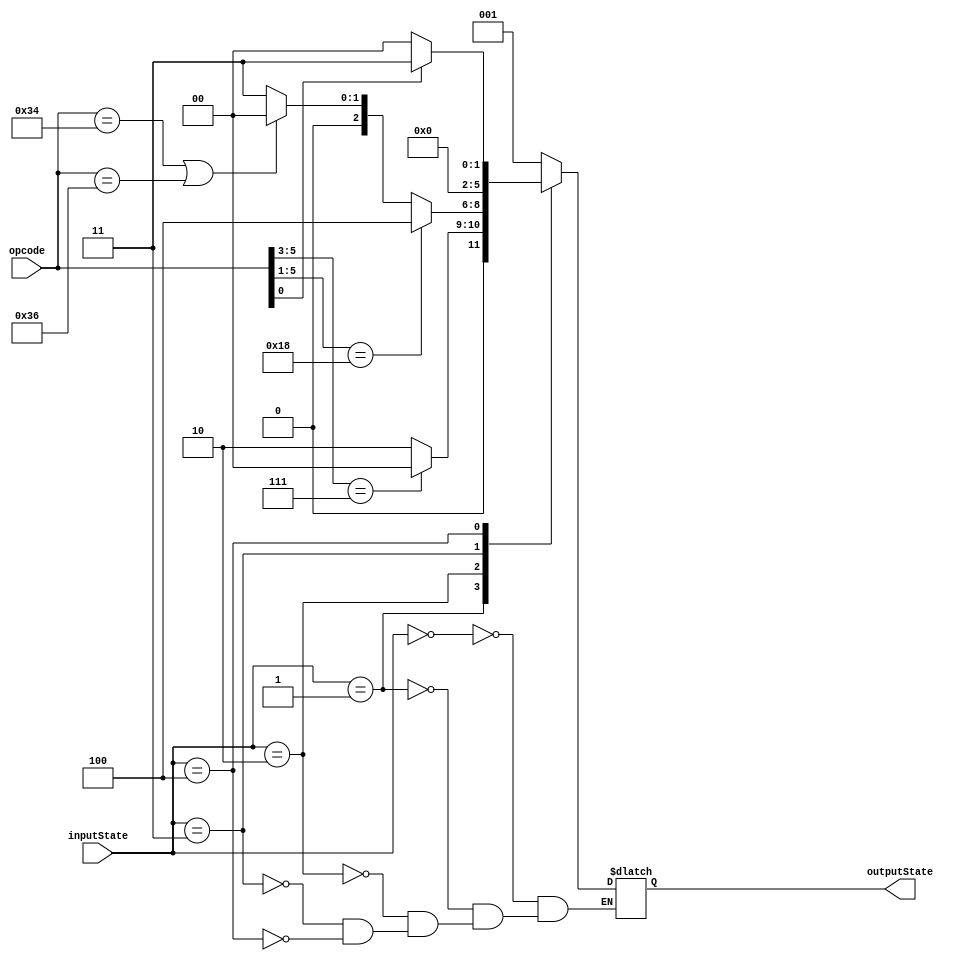
`timescale 1ns / 1ps
//////////////////////////////////////////////////////////////////////////////////
// Company: 
// Engineer: 
// 
// Design Name: 
// Module Name: NextState
// Project Name: 
// Target Devices: 
// Tool Versions: 
// Description: 
// 
// Dependencies: 
// 
// Revision:
// Revision 0.01 - File Created
// Additional Comments:
// 
//////////////////////////////////////////////////////////////////////////////////

//

/*	000-IF
	001-ID
	010-EXE
	011-WB
	100-MEM	
*/

module NextState(
    input [2:0]inputState,
    input [5:0]opcode,  //
    output reg [2:0]outputState
    );
    always @(inputState or opcode) begin
        case (inputState)
            3'b000 : outputState = 3'b001;      //IFID
            3'b001 : begin
                if (opcode[5:3] == 3'b111) outputState = 3'b000;	//j,jal,jr,halt
				else outputState = 3'b010;		//add,sub,addi
            end
			3'b010 : begin
				if (opcode[5:1] == 5'b11000) outputState = 3'b100;	//sw,lw
				else if (opcode == 6'b110100 || opcode == 6'b110110) outputState = 3'b000;	//beq,bltz
				else outputState = 3'b011;	//add,sub
			end
			3'b011 : outputState = 3'b000;
			3'b100 : begin
				if (opcode[0] == 1'b1) outputState = 3'b011;	//lw
				else outputState = 3'b000;		//sw
			end
        endcase
    end
endmodule